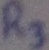
Text: R3